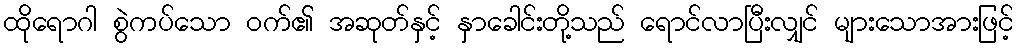
ထိုရောဂါ စွဲကပ်သော ဝက်၏ အဆုတ်နှင့် နှာခေါင်းတို့သည် ရောင်လာပြီးလျှင် များသောအားဖြင့်